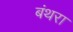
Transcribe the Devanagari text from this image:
बंथरा